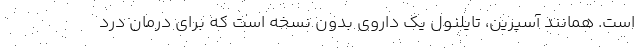
است. همانند آسپرین، تایلنول یک داروی بدون نسخه است که برای درمان درد